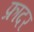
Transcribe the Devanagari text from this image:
फ्रादर